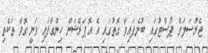
ޖެރުސަލަމް ޕޯސްޓުގައި ބުނެފައިވާ ގޮތުގައި އެ އޮޕަރޭޝަން ހިންގާފައި ވަނީ ގޮވާ ތަކެތި